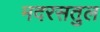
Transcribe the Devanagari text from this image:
मदरसतुल